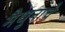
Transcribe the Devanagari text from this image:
मैथुनाचे